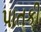
પાતકી